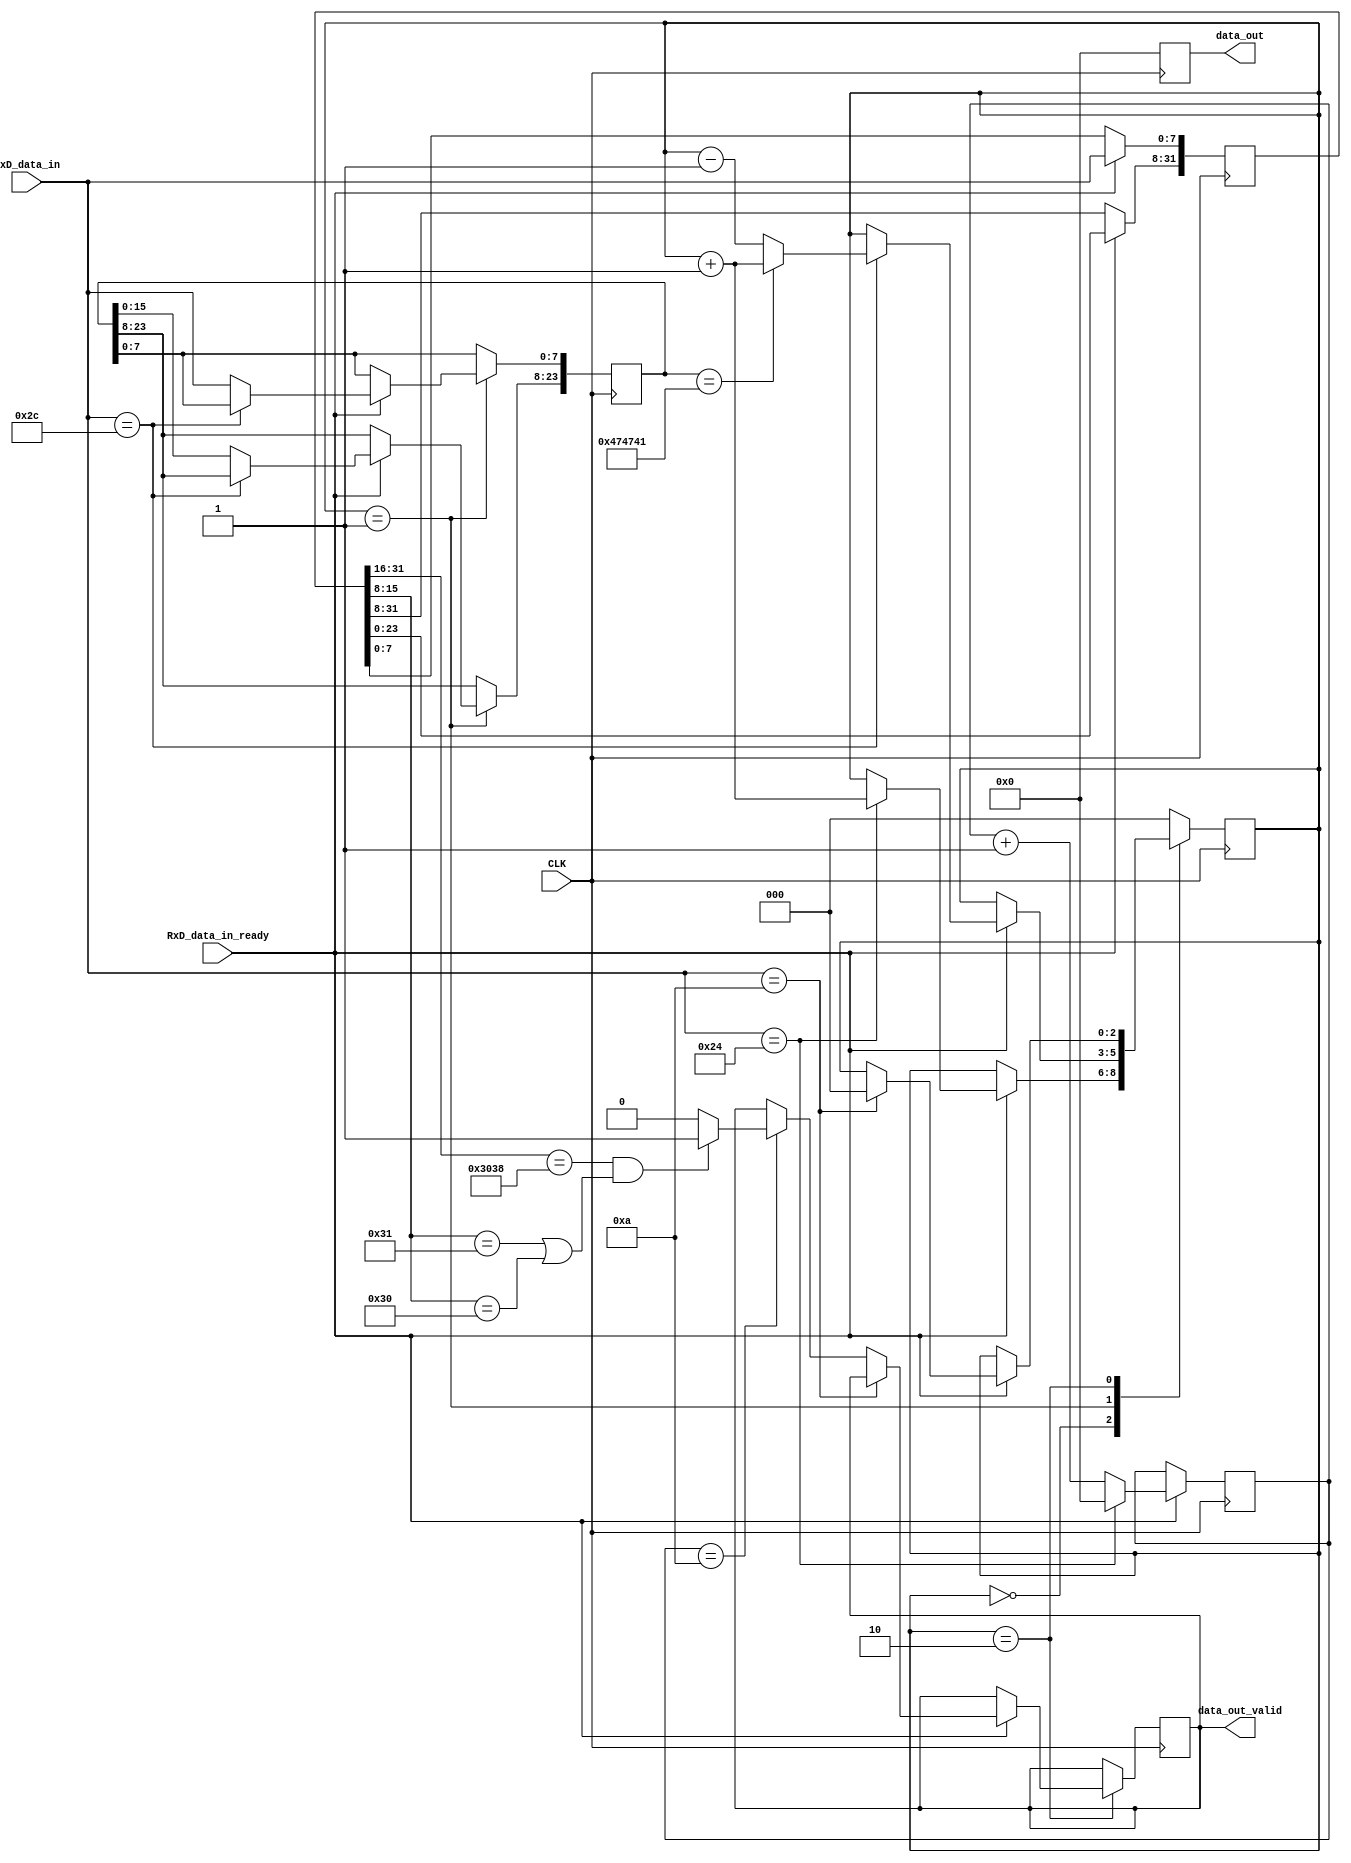
`timescale 1ns / 1ps
//////////////////////////////////////////////////////////////////////////////////
// Company: 		Carrier Frequency, Inc.
// 
// Design Name: 
// Module Name:    Serial_GPS 
// Project Name: 
// Target Devices: 
// Tool versions: 
// Description: 
//
// Dependencies: 
//
// Revision: 
// Revision 0.01 - File Created
// Revision 0.02 - 2017.02.03 Modifed file for use at Ga Tech for
//					class example. Removed all references to the LCD and moved the 
//					UART outside the module.
// Additional Comments: 
//
//////////////////////////////////////////////////////////////////////////////////
module Serial_GPS(CLK, RxD_data_in_ready, RxD_data_in, data_out, data_out_valid);
input CLK;
input RxD_data_in_ready;
input [7:0] RxD_data_in;  // this is the the one character at a time..

output reg [7:0] data_out;
output reg data_out_valid;


//===============================================================================================
//-------------------Create the mechanism to grab the serial data and parse it-------------------
//===============================================================================================

reg [7:0] CHAR_CNT=0;
reg [2:0] STATE=0;
reg [23:0] NMEA=0;
reg [31:0] TIME = 0;


// CREATE THE COUNTING MECHANISM FOR PARSING THE SERIAL DATA 
// mparasar: Doesn't out testbed parse the data?
always @(posedge CLK) begin
	if(RxD_data_in_ready) begin	
		
		TIME[31:8]<=TIME[23:0];
		TIME[7:0]<=RxD_data_in; //Grab the tag info			

		if(RxD_data_in=="$")begin // '$': Start of frame
			CHAR_CNT<=0;
		end
		else begin
			CHAR_CNT<=CHAR_CNT+1;	 // mparasar: is this valid counting mechanism?
		end
	end	
end

// CREATE THE MECHNISM THAT PARSES THE SERIAL DATA
reg DONE=0;
always @(posedge CLK) begin	
	data_out <= 0;
	// data_out_valid <= 1'b0;
	case(STATE)		
		//------------------------------------------------------------------------------------
		0: begin //Search for '$'		
			if(RxD_data_in_ready) begin				
				if(RxD_data_in=="$")begin// '$': Start of frame	
					STATE<=STATE+1;				
				end		
			end
		end
		//------------------------------------------------------------------------------------
		1: begin //Check Tag, if not the proper tag go back to 1, else proceed to 3	
			if(RxD_data_in_ready) begin				
				if(RxD_data_in==",")begin
					if(NMEA=="GGA")begin //GGA, this is the message that contains location and time.
						STATE<=STATE+1;
					end
					else begin	//Wrong message, go back and search for the start of the next message.
						STATE<=STATE-1;
					end
				end
				else begin //Grab the NMEA Message Type		
					NMEA[23:8]<=NMEA[15:0];
					NMEA[7:0]<=RxD_data_in; //Grab the tag info						
				end	
			end				
		end
		//------------------------------------------------------------------------------------
		2: begin //Parse the latitude and longitude		
			if(RxD_data_in_ready) begin
				if(RxD_data_in==10)begin //LF: Line Feed, end of message, go to idle state					
					STATE<=0;
				end else begin	// k//valid data on the RxD_data_in line
						if(  /*(CHAR_CNT <14) || (CHAR_CNT>=10)*/ CHAR_CNT == 10 )begin
							$display("Inside Serial_GPS.v TIME: (string): %s", TIME);

							STATE<=STATE;

							if (TIME[31:16] == "08" && ((TIME[15:8] == "1") || (TIME[15:8] == "0"))) begin
								data_out_valid <= 1'b1;
							end else begin // k
								data_out_valid <= 1'b0;
								end
							// $display("Inside Serial_GPS.v (string): %b", data_out_valid);

						end else begin // to keep it latched till we encounter
								// if ((CHAR_CNT <14) || (CHAR_CNT>10)) 
								// 	data_out_valid <= 1'b1;
								// else
								// 	data_out_valid <= 1'b0;
								
								STATE<=STATE;
							end
							// $display("data_out_valid (string): %b", data_out_valid);
					end		// k

				end else begin	//Wait for the RxD_data_in_ready signal to go high.
					STATE<=STATE;
					end
			end // end of the case 2

		default: begin
			STATE<=0;
		end
	endcase		
end
	
endmodule